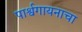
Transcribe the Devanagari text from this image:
पार्श्वगायनाचा